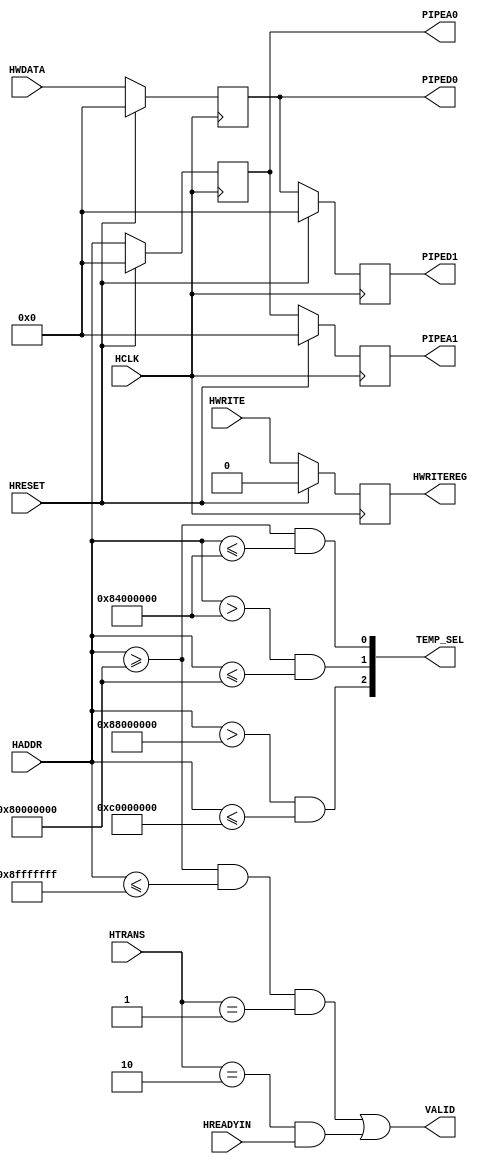
module ahbslave(HCLK, HRESET,HWRITE,HREADYIN,HTRANS,HWDATA,HADDR,PIPED0,PIPED1,PIPEA0,PIPEA1,VALID,TEMP_SEL, HWRITEREG);

///you have not taken HWRITEREG signals
output reg HWRITEREG;

input HCLK,HRESET,HWRITE,HREADYIN;
input [1:0] HTRANS;
input[31:0]HWDATA,HADDR;
output VALID;
output [2:0] TEMP_SEL;
output reg[31:0] PIPED0,PIPED1,PIPEA0,PIPEA1;
parameter SEQ=2'b01;
parameter NSEQ=2'b10;

//---- logic wrong assign VALID =(((HADDR>=(32'h8000_0000))&&HADDR<=(32'hBFFF_FFFF))&&(HTRANS==((SEQ)||(NSEQ)))&&(HREADYIN==1));
assign VALID =(HADDR>=32'h8000_0000 && HADDR<= 32'h8FFF_FFFF && HTRANS == SEQ || HTRANS == NSEQ && (HREADYIN==1) );

assign TEMP_SEL[0]=(HADDR>=32'h8000_0000)&&(HADDR<=32'h8400_0000);
assign TEMP_SEL[1]=(HADDR>32'h8400_0000)&&(HADDR<=32'h8800_00000);
assign TEMP_SEL[2]=(HADDR>32'h8800_0000)&&(HADDR<=32'h8C00_00000);

always @(posedge HCLK)
begin 
 if(HRESET==1)
begin
  PIPEA0<=32'h0;
  PIPEA1<=32'h0;
  PIPED0<=32'h0;
  PIPED1<=32'h0;
  HWRITEREG <= 0;
end
else
 begin
 PIPEA0<=HADDR;
 PIPEA1<=PIPEA0;
 PIPED0<=HWDATA;
 PIPED1<=PIPED0;
 HWRITEREG <= HWRITE;
 end
end

endmodule